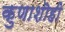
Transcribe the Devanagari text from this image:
कुणाशॊही